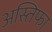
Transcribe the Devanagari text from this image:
अस्तिफा